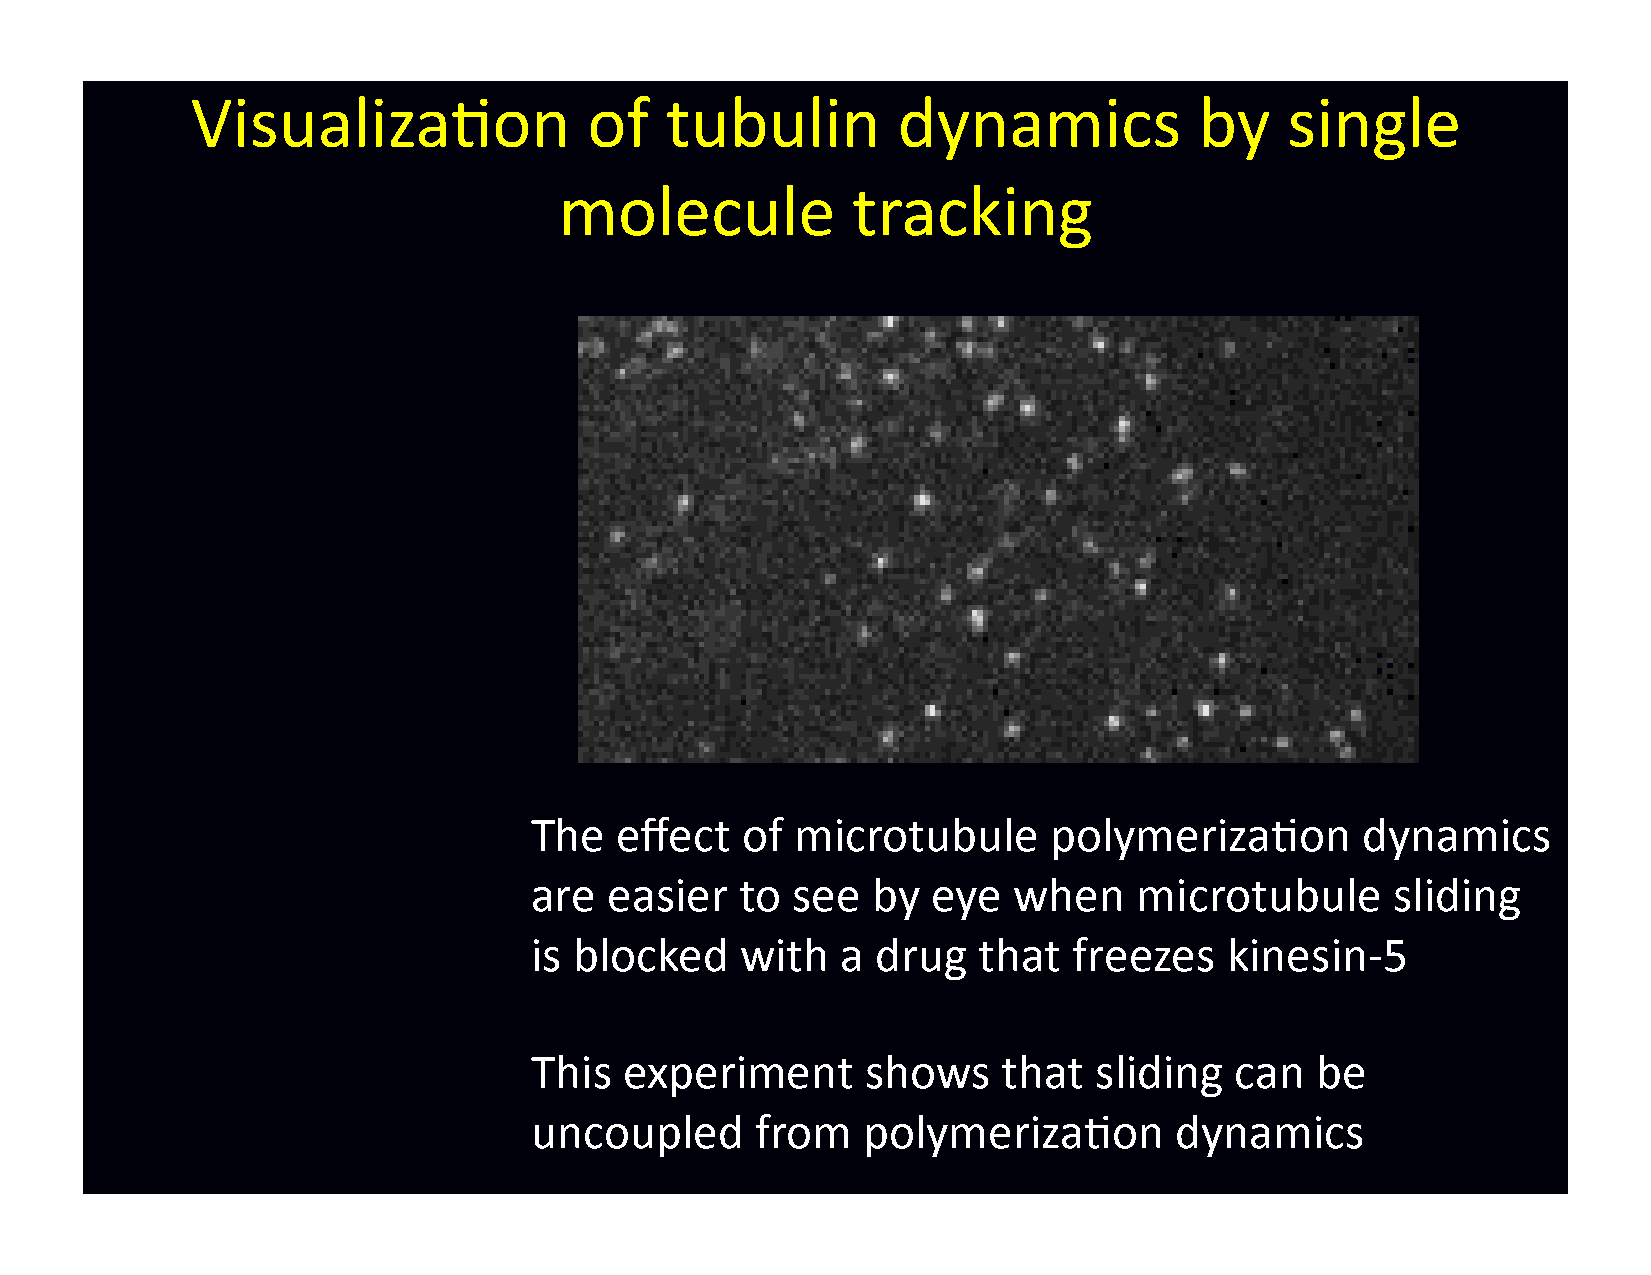
Visualiza-on              of   tubulin        dynamics            by    single
 molecule           tracking
 The   effect  of  microtubule      polymeriza-on       dynamics
 are  easier   to see   by  eye  when    microtubule      sliding
 is blocked    with   a drug   that  freezes   kinesin-­‐5
 This  experiment      shows    that  sliding   can  be
 uncoupled      from   polymeriza-on        dynamics